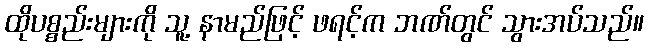
ထိုပစ္စည်းများကို သူ့ နာမည်ဖြင့် ဖရင့်က ဘဏ်တွင် သွားအပ်သည်။